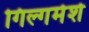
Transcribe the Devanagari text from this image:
गिल्गमेशे